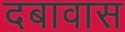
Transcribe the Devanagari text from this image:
दबावास